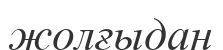
жолғыдан